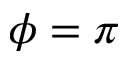
\phi = \pi